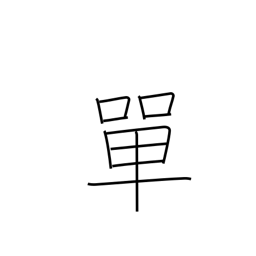
Meaning: simple